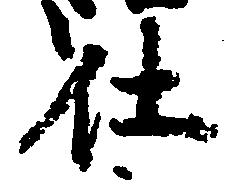
仕